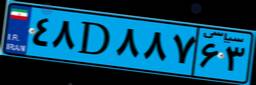
۴۸D۸۸۷۶۳